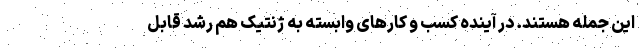
این جمله هستند. در آینده کسب و کارهای وابسته به ژنتیک هم رشد قابل